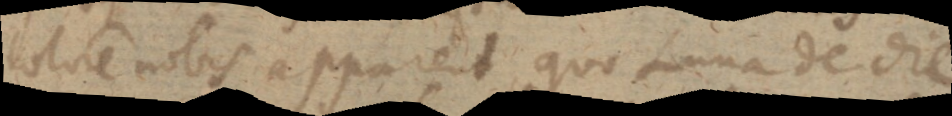
colore nobis apparent, quo Luna de die